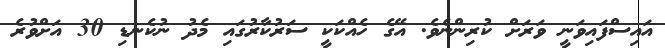
އައިސްފައިވަނީ ވަރަށް ކުރިންނެވެ. އޭގެ ހެއްކަކީ ސަރުކާރުގައި މެދު ނުކެނޑި 30 އަށްވުރެ